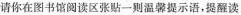
请你在图书馆阅读区张贴一则温馨提示语，提醒读